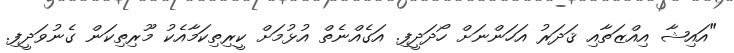
"އައިޝާ އިއްޒަތާއި ޤަދަރު އަހަންނަށް ހޯދަދީފި. އަގެއްނެތް އުޅުމަށް ކީރިތިކަމާއެކު މޫރިތިކަން ގެނުވަދީފި.